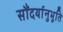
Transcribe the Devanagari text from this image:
सौंदर्यानुभूति